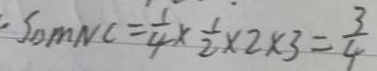
: S _ { \Delta M N C } = \frac { 1 } { 4 } \times \frac { 1 } { 2 } \times 2 \times 3 = \frac { 3 } { 4 }